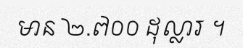
មាន ២.៧០០ ដុល្លារ ។